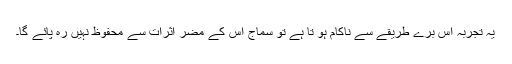
یہ تجربہ اس برے طریقے سے ناکام ہو تا ہے تو سماج اس کے مضر اثرات سے محفوظ نہیں رہ پائے گا۔